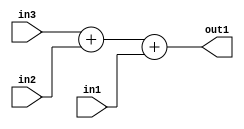
`timescale 1ps / 1ps
/*****************************************************************************
    Verilog RTL Description
    
    
    Created by: Stratus DpOpt 2019.1.01 
*******************************************************************************/

module st_feature_addr_gen_Add3u32u32u32_4 (
	in3,
	in2,
	in1,
	out1
	); /* architecture "behavioural" */ 
input [31:0] in3,
	in2,
	in1;
output [31:0] out1;
wire [31:0] asc001;

wire [31:0] asc001_tmp_0;
assign asc001_tmp_0 = 
	+(in3)
	+(in2);
assign asc001 = asc001_tmp_0
	+(in1);

assign out1 = asc001;
endmodule

/* CADENCE  ubnyTg8= : u9/ySgnWtBlWxVPRXgAZ4Og= ** DO NOT EDIT THIS LINE ******/